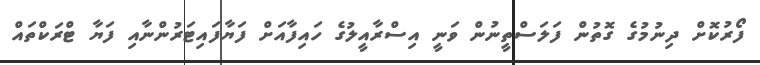
ފޯރުކޮށް ދިނުމުގެ ގޮތުން ފަލަސްތީނުން ވަނީ އިސްރާއީލުގެ ހައިފާއަށް ފަޔާފައިޓަރުންނާއި ފަޔާ ޓްރަކްތައް